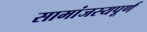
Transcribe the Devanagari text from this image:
सामांजस्यपूर्ण